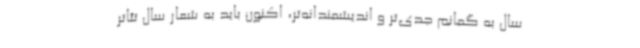
سال به گمانم جدی‌تر و اندیشمندانه‌تر، اکنون باید به شعار سال تئاتر